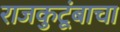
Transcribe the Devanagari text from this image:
राजकुटूंबाचा